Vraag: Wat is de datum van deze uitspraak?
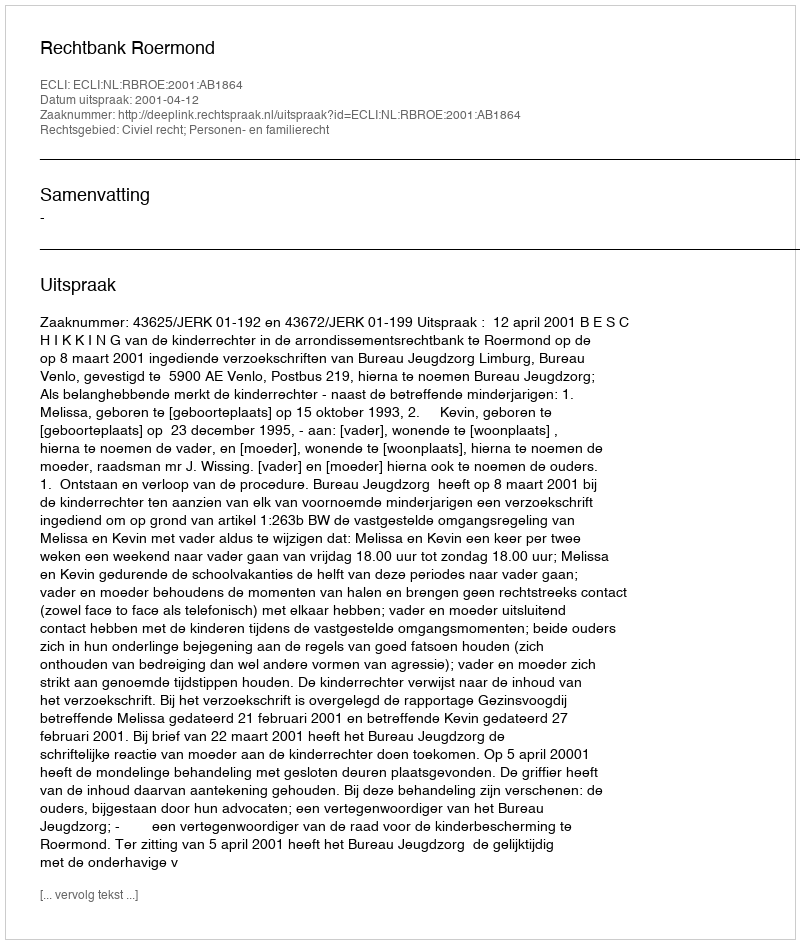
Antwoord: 2001-04-12